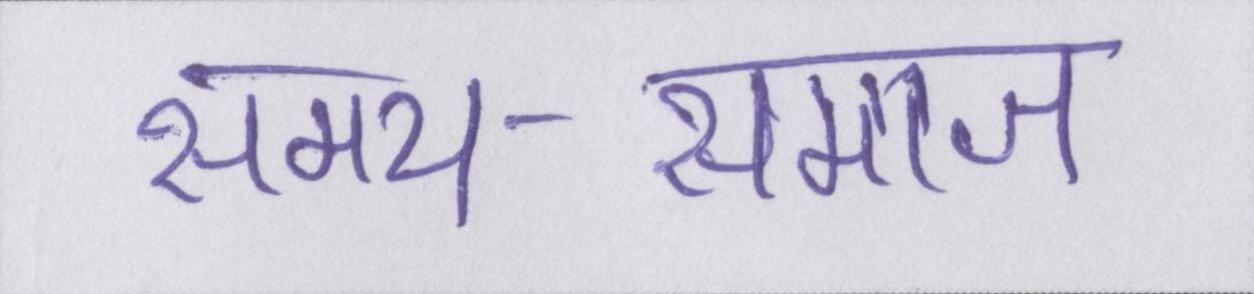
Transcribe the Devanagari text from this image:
समय-समाज